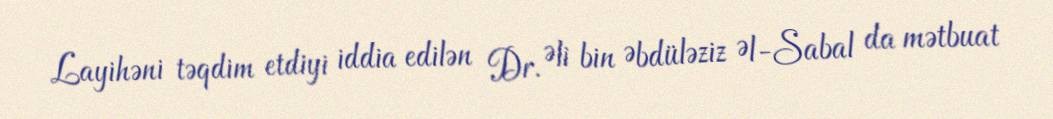
Layihəni təqdim etdiyi iddia edilən Dr. Əli bin Əbdüləziz Əl-Sabal da mətbuat